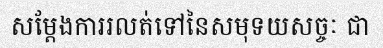
សម្តែងការរលត់ទៅនៃសមុទយសច្ចៈ ជា